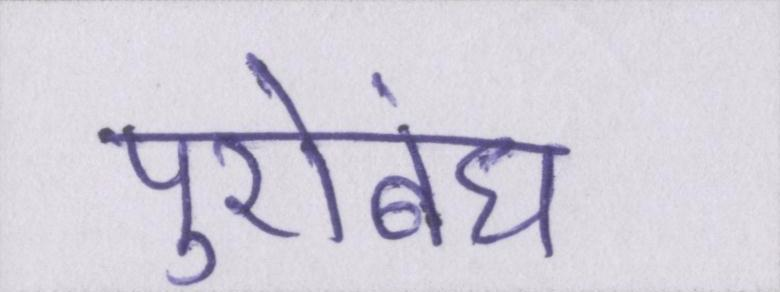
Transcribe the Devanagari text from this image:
पुरोबंध